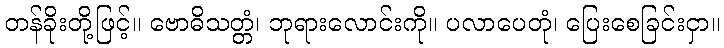
တန်ခိုးတို့ဖြင့်။ ဗောဓိသတ္တံ၊ ဘုရားလောင်းကို။ ပလာပေတုံ၊ ပြေးစေခြင်းငှာ။